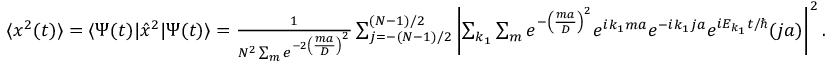
\begin{array} { r } { \langle x ^ { 2 } ( t ) \rangle = \langle \Psi ( t ) | \hat { x } ^ { 2 } | \Psi ( t ) \rangle = \frac { 1 } { N ^ { 2 } \sum _ { m } e ^ { - 2 \left( \frac { m a } { D } \right) ^ { 2 } } } \sum _ { j = - ( N - 1 ) / 2 } ^ { ( N - 1 ) / 2 } \left| \sum _ { k _ { 1 } } \sum _ { m } e ^ { - \left( \frac { m a } { D } \right) ^ { 2 } } e ^ { i k _ { 1 } m a } e ^ { - i k _ { 1 } j a } e ^ { i E _ { k _ { 1 } } t / \hbar } ( j a ) \right| ^ { 2 } . } \end{array}